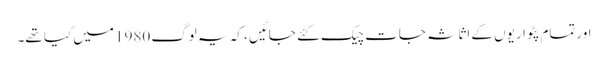
اور تمام پٹواریوں کے اثاثہ جات چیک کئے جائیں ، کہ یہ لوگ 1980 میں کیا تھے۔